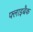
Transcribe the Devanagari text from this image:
फ्लाइबैक